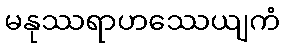
မနုဿရာဟဿေယျကံ